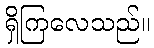
ရှိကြလေသည်။